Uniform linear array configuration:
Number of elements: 8
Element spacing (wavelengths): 0.75
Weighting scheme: exponential
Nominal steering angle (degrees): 45
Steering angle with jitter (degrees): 45.369
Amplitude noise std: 0.05
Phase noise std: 0.05

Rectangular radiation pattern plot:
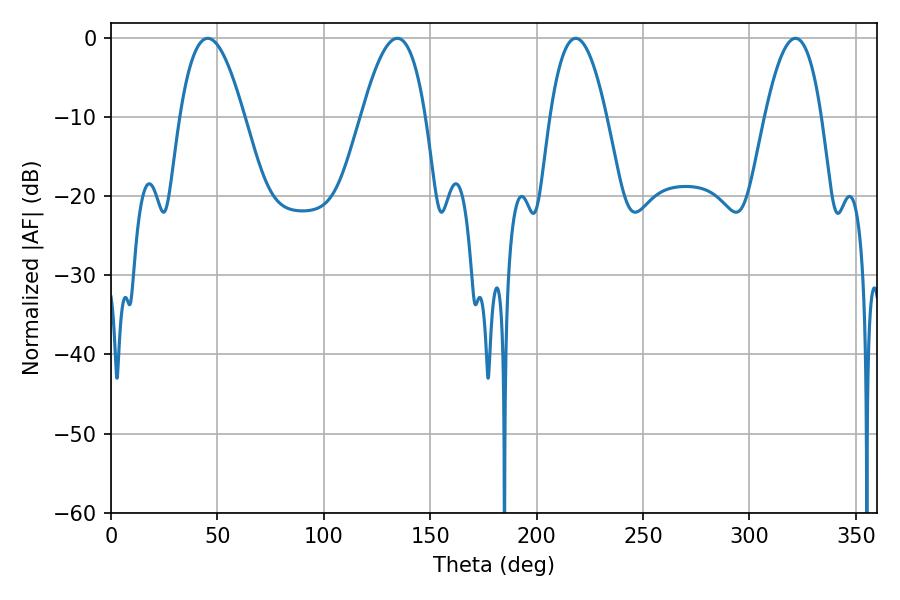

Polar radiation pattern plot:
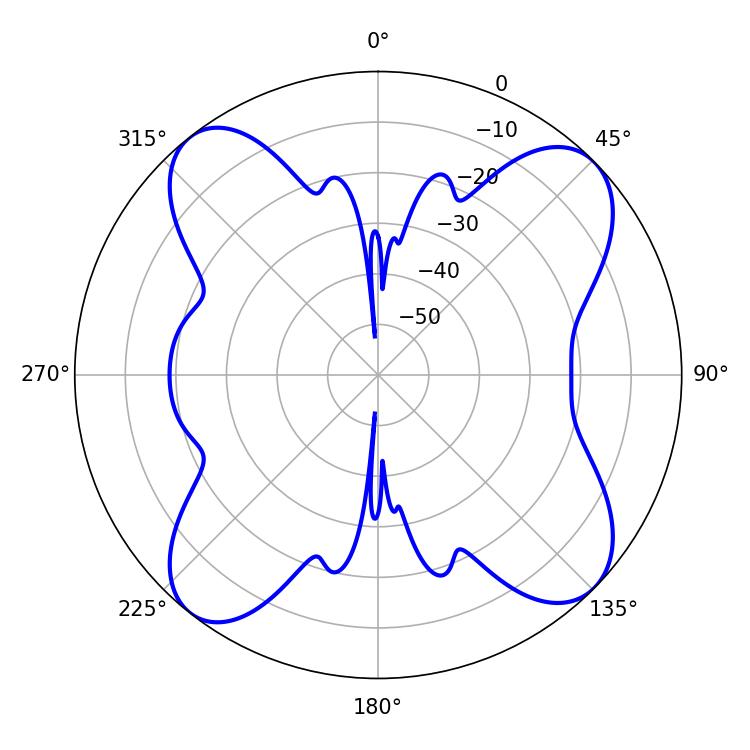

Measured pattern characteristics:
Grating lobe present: TRUE
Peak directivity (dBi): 12.886
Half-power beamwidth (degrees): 14.58
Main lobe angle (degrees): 218.34